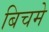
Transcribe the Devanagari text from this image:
बिचमे